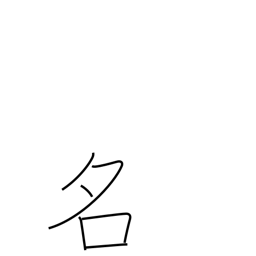
Meaning: noted